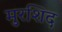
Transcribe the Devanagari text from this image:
मुरशिद